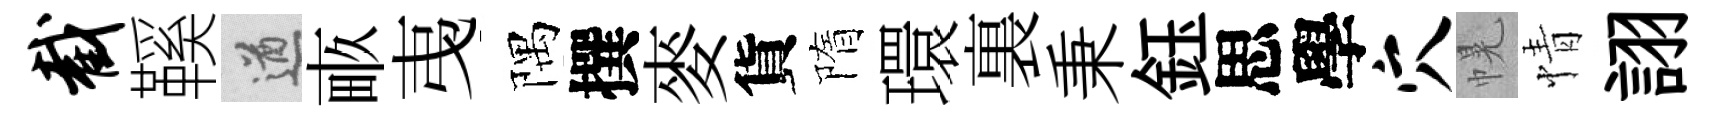
截鞵遒畞𢎯隅撰麥貨隋環裏秉鈺思學穴幌情詡